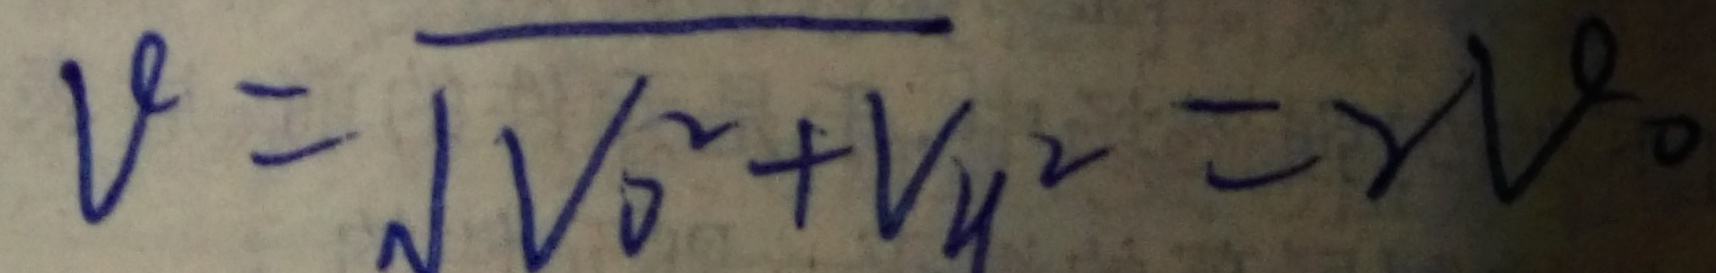
V = \sqrt { V _ { 0 } ^ { 2 } + V _ { y } ^ { 2 } } = 2 V ^ { \circ } 。